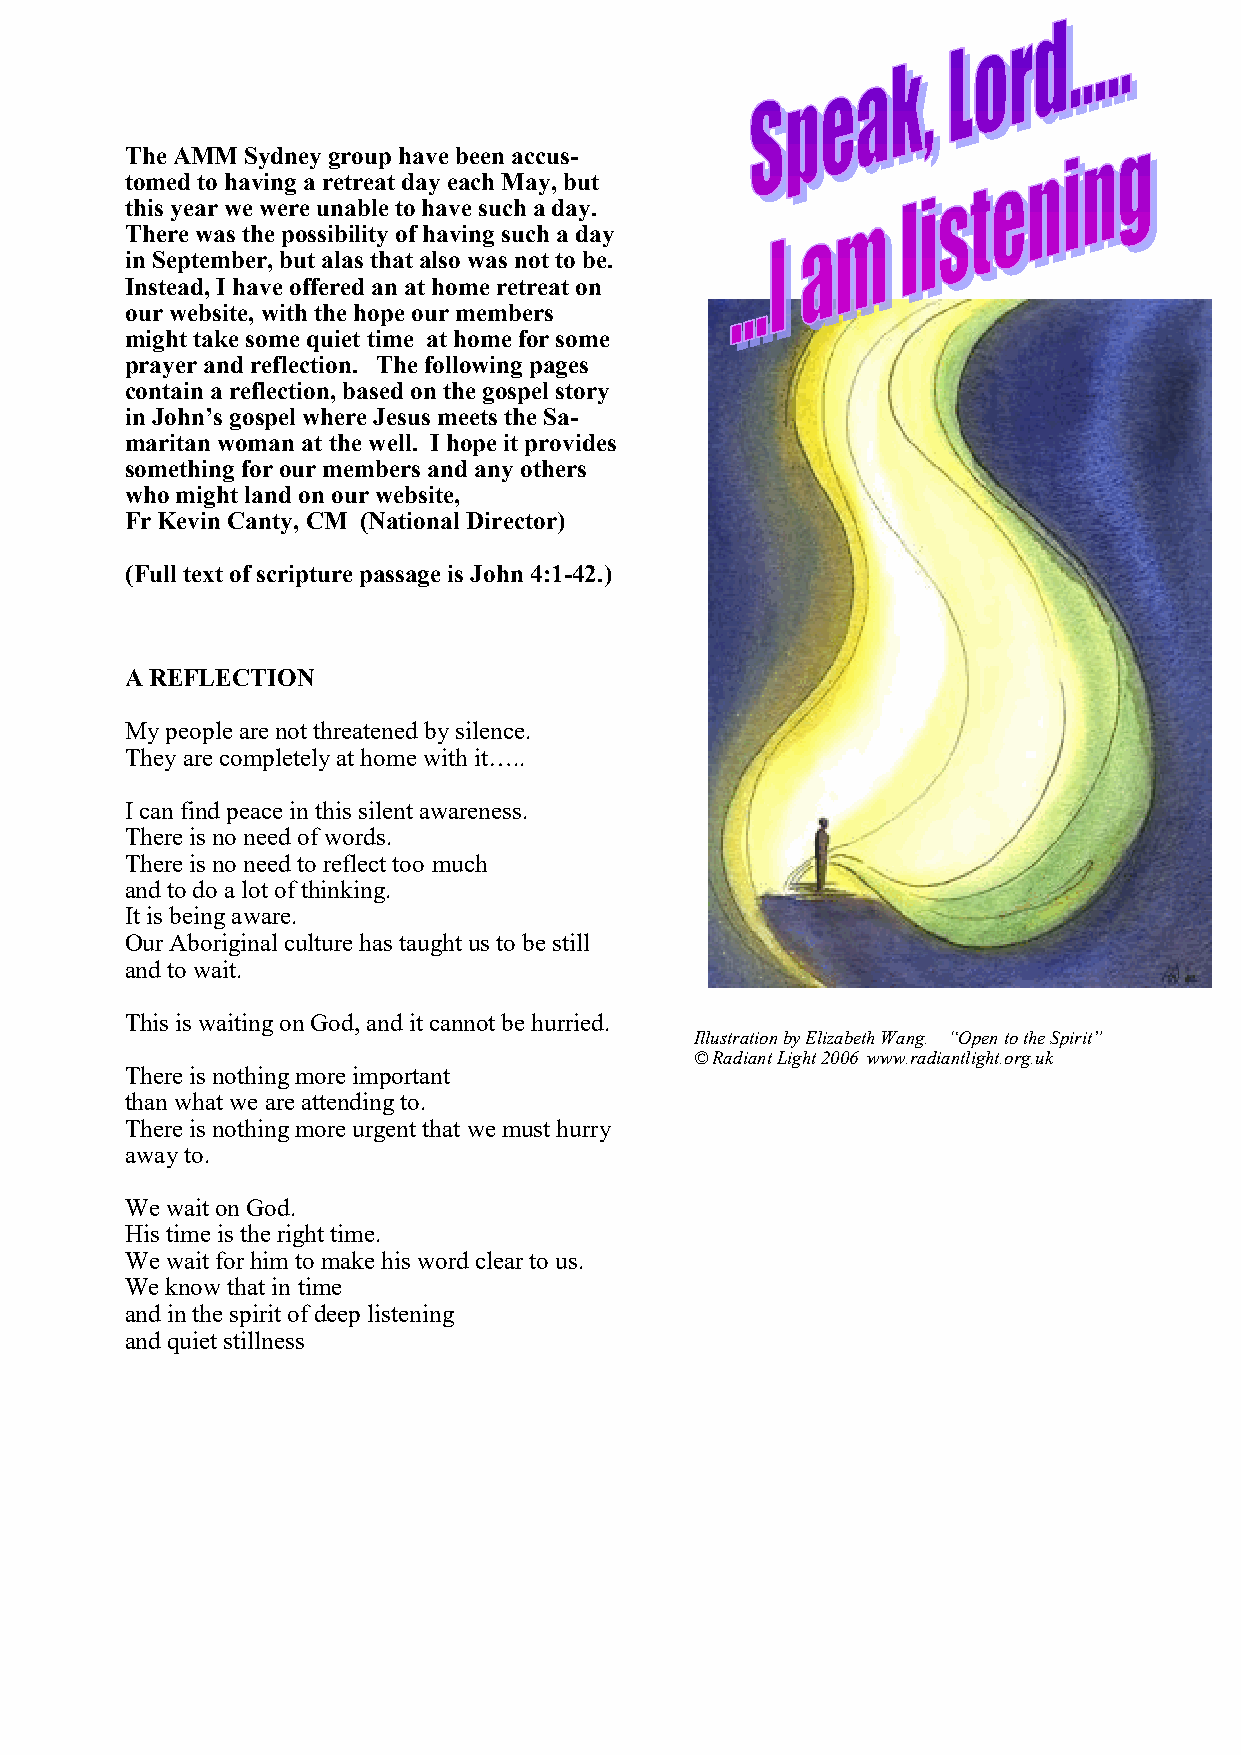
The AMM Sydney group have been accus-
 tomed to having a retreat day each May, but
 this year we were unable to have such a day.
 There was the possibility of having such a day
 in September, but alas that also was not to be.
 Instead, I have offered an at home retreat on
 our website, with the hope our members
 might take some quiet time at home for some
 prayer and reflection. The following pages
 contain a reflection, based on the gospel story
 in John’s gospel where Jesus meets the Sa-
 maritan woman at the well. I hope it provides
 something for our members and any others
 who might land on our website,
 Fr Kevin Canty, CM (National Director)
 (Full text of scripture passage is John 4:1-42.)
 A REFLECTION
 My people are not threatened by silence.
 They are completely at home with it…..
 I can find peace in this silent awareness.
 There is no need of words.
 There is no need to reflect too much
 and to do a lot of thinking.
 It is being aware.
 Our Aboriginal culture has taught us to be still
 and to wait.
 This is waiting on God, and it cannot be hurried.
 Illustration by Elizabeth Wang. “Open to the Spirit”
 © Radiant Light 2006 www.radiantlight.org.uk
 There is nothing more important
 than what we are attending to.
 There is nothing more urgent that we must hurry
 away to.
 We wait on God.
 His time is the right time.
 We wait for him to make his word clear to us.
 We know that in time
 and in the spirit of deep listening
 and quiet stillness